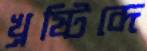
খ্রষ্টিব্দে